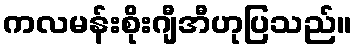
ကလမန်းစိုးဂျီအီဟုပြသည်။